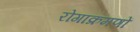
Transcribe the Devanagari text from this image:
रोगाक्रमणों